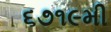
૬૭૧૯મી